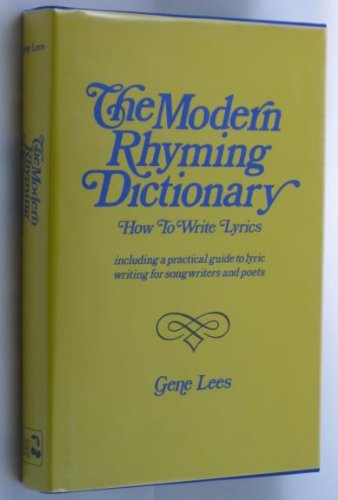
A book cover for The modern rhyming dictionary: How to write lyrics : including a practical guide to lyric writing for songwriters and poets; Gene Lees; Reference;